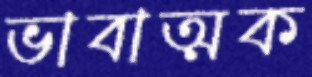
ভাবাত্মক